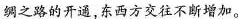
绸之路的开通，东西方交往不断增加。